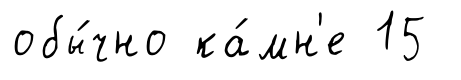
обы́чно ка́мн'е 15